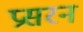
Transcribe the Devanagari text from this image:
प्रसरन